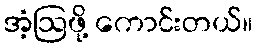
အံ့ဩဖို့ ကောင်းတယ်။